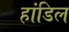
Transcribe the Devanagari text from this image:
हांडिल